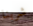
شربنا